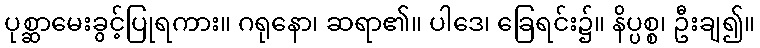
ပုစ္ဆာမေးခွင့်ပြုရကား။ ဂရုနော၊ ဆရာ၏။ ပါဒေ၊ ခြေရင်း၌။ နိပ္ပစ္စ၊ ဦးချ၍။